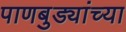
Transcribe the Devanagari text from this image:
पाणबुड्यांच्या